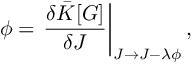
\phi = \left. \frac { \delta \bar { \cal K } [ G ] } { \delta J } \right| _ { J \rightarrow J - \lambda \phi } ,